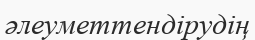
әлеуметтендірудің